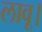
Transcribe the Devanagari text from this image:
लावू।